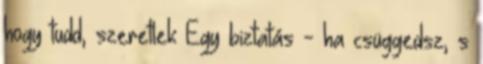
hogy tudd, szeretlek Egy biztatás - ha csüggedsz, s